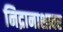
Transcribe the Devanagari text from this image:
निद्रानाशावर